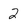
Character: 2